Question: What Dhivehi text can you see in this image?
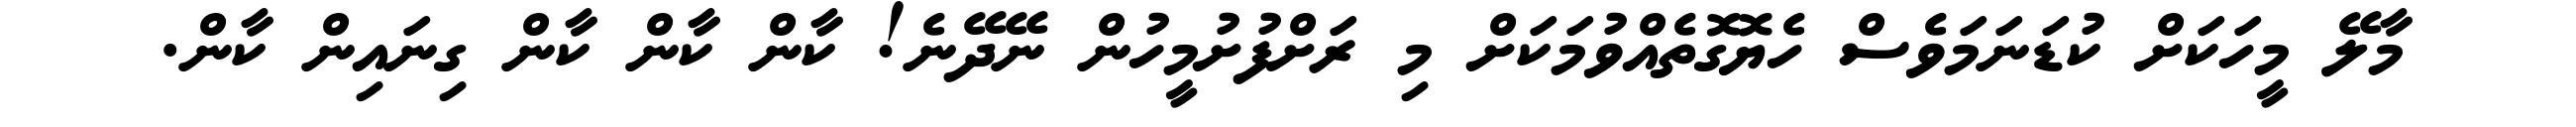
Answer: މާލޭ މީހަކަށް ކުޑަނަމަވެސް ހެޔޮގޮތެއްވުމަކަށް މި ރަށްފުށުމީހުން ނޭދޭނެ! ކާން ކާން ކާން ގިނައިން ކާން.